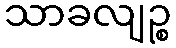
သာခလျဉ္စ